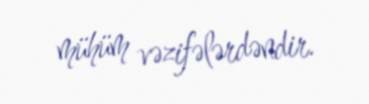
mühüm vəzifələrdəndir.